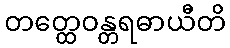
တတ္ထေဝန္တရဓာယီတိ